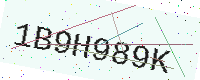
Text: 1B9H989K